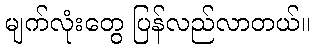
မျက်လုံးတွေ ပြန်လည်လာတယ်။